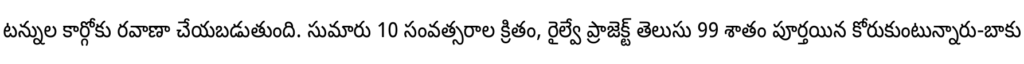
టన్నుల కార్గోకు రవాణా చేయబడుతుంది. సుమారు 10 సంవత్సరాల క్రితం, రైల్వే ప్రాజెక్ట్ తెలుసు 99 శాతం పూర్తయిన కోరుకుంటున్నారు-బాకు